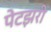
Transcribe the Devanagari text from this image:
पेटझरी